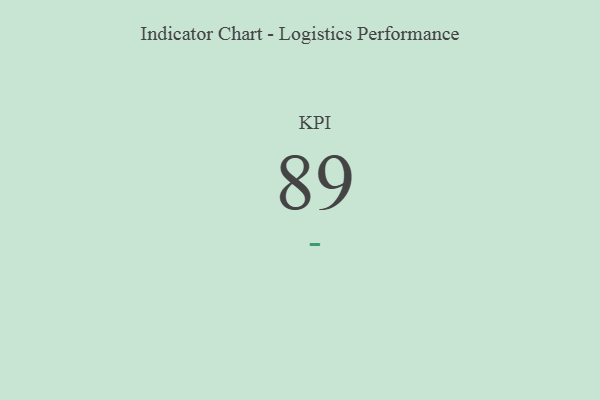
{"axis": {"x": "KPI", "y": "Value"}, "legend": [""], "data": [{"x": "KPI", "y": 89, "type": ""}]}